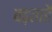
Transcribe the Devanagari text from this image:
बढ़ताहैं